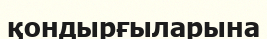
қондырғыларына